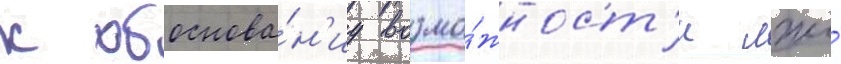
к обоснова́н'иу возмо́жност'и лжи́